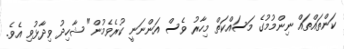
ކަންތައްތައް ނިންމުމުގެ މަސައްކަތް މިހާރު ވެސް އަންނަނީ ކުރެވެމުން" ޝާހިދު ވިދާޅުވި އެވެ.